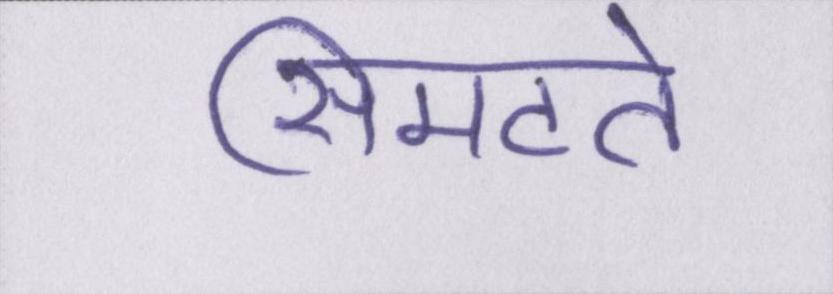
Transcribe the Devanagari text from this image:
सिमटते